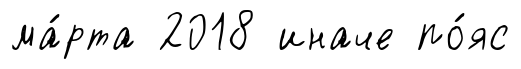
ма́рта 2018 иначе по́яс